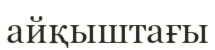
айқыштағы